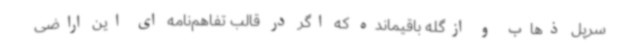
سرپل ذهاب و ازگله باقیمانده که اگر در قالب تفاهم‌نامه ای این اراضی